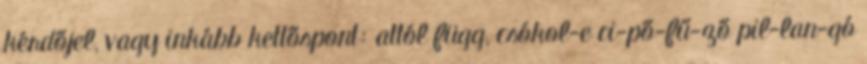
kérdőjel, vagy inkább kettőspont: attól függ, csókol-e ci-pő-fű-ző pil-lan-gó